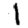
Digit: 1